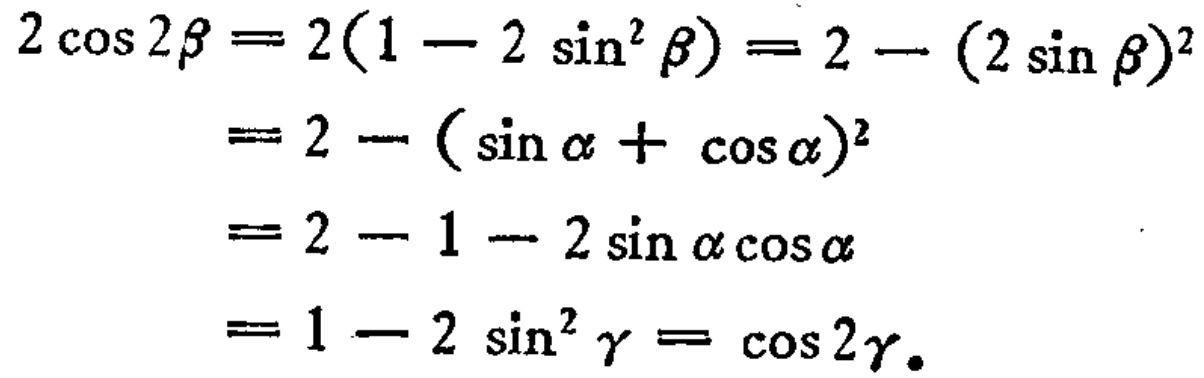
\[

\begin{align*}

2\cos2\beta&=2(1 - 2\sin^{2}\beta)=2-(2\sin\beta)^{2}\\

&=2 - (\sin\alpha+\cos\alpha)^{2}\\

&=2 - 1 - 2\sin\alpha\cos\alpha\\

&=1 - 2\sin^{2}\gamma=\cos2\gamma.

\end{align*}

\]